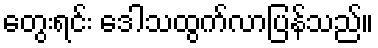
တွေးရင်း ဒေါသထွက်လာပြန်သည်။